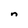
Character: n